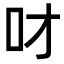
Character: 𠮹